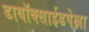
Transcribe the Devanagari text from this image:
डायॉक्साईडपेक्षा